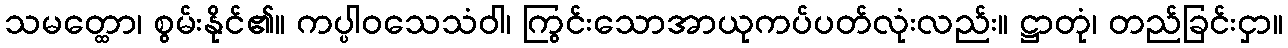
သမတ္ထော၊ စွမ်းနိုင်၏။ ကပ္ပါဝသေသံဝါ၊ ကြွင်းသောအာယုကပ်ပတ်လုံးလည်း။ ဋ္ဌာတုံ၊ တည်ခြင်းငှာ။